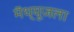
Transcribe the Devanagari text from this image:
मॅथ्यूजला